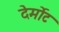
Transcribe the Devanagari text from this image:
देर्मोट